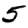
Digit: 5